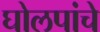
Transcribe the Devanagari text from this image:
घोलपांचे